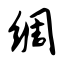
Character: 绸